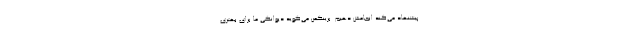
پیشنهاد می‌کند انجامش دهیم. برینکمن می‌گوید دیوانگی ما برای بهتری